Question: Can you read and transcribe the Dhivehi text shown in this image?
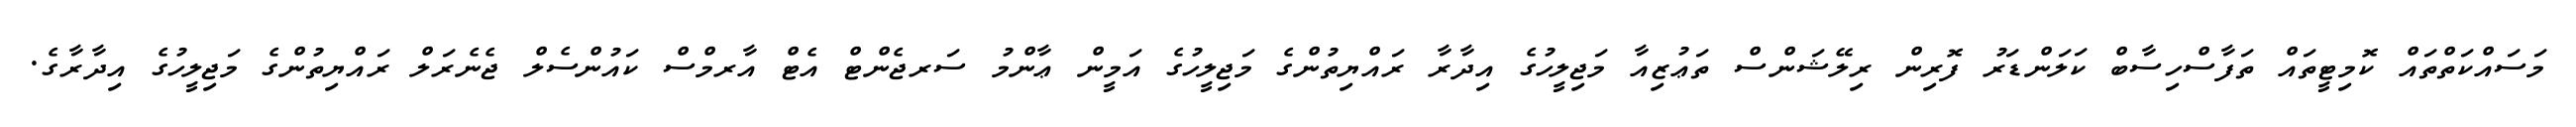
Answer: މަސައްކަތްތައް ކޮމިޓީތައް ތަފާސްހިސާބް ކަލަންޑަރު ފޮރިން ރިލޭޝަންސް ތަޢުޒިއާ މަޖިލީހުގެ އިދާރާ ރައްޔިތުންގެ މަޖިލީހުގެ އަމީން ޢާންމު ސަރޖެންޓް އެޓް އާރމްސް ކައުންސެލް ޖެނެރަލް ރައްޔިތުންގެ މަޖިލީހުގެ އިދާރާގެ.